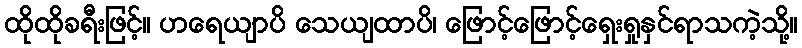
ထိုထိုခရီးဖြင့်။ ဟရေယျာပိ သေယျထာပိ၊ ဖြောင့်ဖြောင့်ရှေးရှုနှင်ရာသကဲ့သို့။